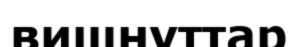
вишнуттар